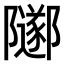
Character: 𨽛